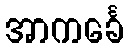
အာကင်္ခေ